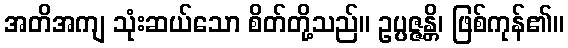
အတိအကျ သုံးဆယ်သော စိတ်တို့သည်။ ဥပ္ပဇ္ဇန္တိ၊ ဖြစ်ကုန်၏။